system: You are a helpful assistant.
user:
Analyze the provided spectrum to determine if it is a **"Cataclysmic Variables (CV)"**.

- **Key Indicators for CV (Check for either state):**
    - **State 1: Quiescent / Low-State (Emission-Dominated)**
        - **(Primary):** Strong and *very broad* Hydrogen Balmer emission lines (e.g., $H\alpha$ at 6563 Å, $H\beta$ at 4861 Å). The 'broadness' (high velocity dispersion, often FWHM > 1000 km/s) is the key diagnostic, indicating a high-velocity accretion disk.
        - **(Secondary):** Broad neutral Helium (He I) emission lines (e.g., 5876 Å, 6678 Å).
        - **(Key Confirmation):** Presence of high-excitation *ionized* Helium (He II) emission at 4686 Å. This is a strong indicator of accretion onto a white dwarf.
        - **(Line Profile):** Emission lines may exhibit a 'double-peaked' profile, which is a classic signature of a rotating accretion disk viewed at high inclination.

    - **State 2: Outburst / High-State (Absorption-Dominated)**
        - **(Primary):** Spectrum is dominated by a bright, blue continuum (looks like a hot star).
        - **(Secondary):** The emission lines from State 1 are weak, absent, or 'filled in', and are replaced by broad, shallow *absorption* lines (primarily Balmer and He I).
        - **(Morphology):** The overall spectrum mimics a hot B/A-type star. The crucial difference is that the absorption lines are significantly broader, shallower, and more 'washed-out' (or 'smeared') than the sharp lines of a normal stellar photosphere, due to high rotational speeds and pressure broadening in the disk.

Think first, call **spectral_visualization_tool** if needed to examine features in detail, then provide your final answer. Your response must adhere to the following strict rules:
1.  **Overall Structure:** Your response must follow the format `<think>...</think> <tool_call>...</tool_call> (if a tool is used) <answer>...</answer>`.
2.  **Tool Usage Constraint:** You may only make **one** tool call per turn.
3.  **Final Answer Format:** In the `<answer>` tag, your conclusion must be inside a `\boxed{}` command (e.g., `\boxed{YES}`), followed by your justification.

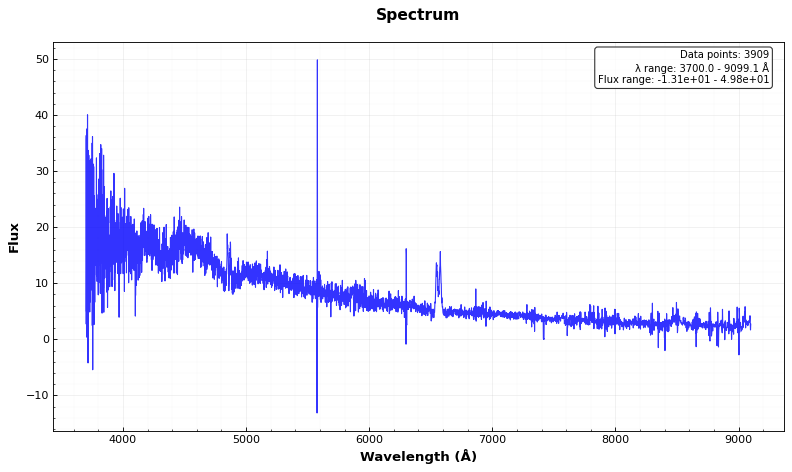
Answer: YES